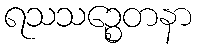
ရသသဉ္စေတနာ